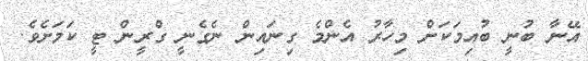
އޭނާ ބުނީ ބުއިމަކަށް މިހާރު އެންމެ ގިނައިން ނެގެނީ ގްރީން ޓީ ކަމަށެވެ.